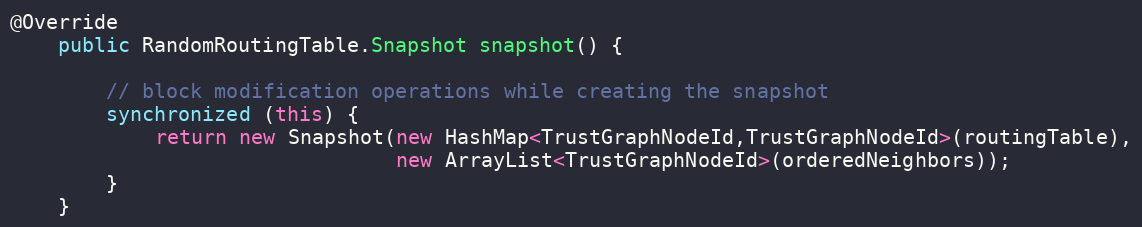
Language: Java
@Override
    public RandomRoutingTable.Snapshot snapshot() {

        // block modification operations while creating the snapshot
        synchronized (this) {
            return new Snapshot(new HashMap<TrustGraphNodeId,TrustGraphNodeId>(routingTable),
                                new ArrayList<TrustGraphNodeId>(orderedNeighbors));
        }
    }